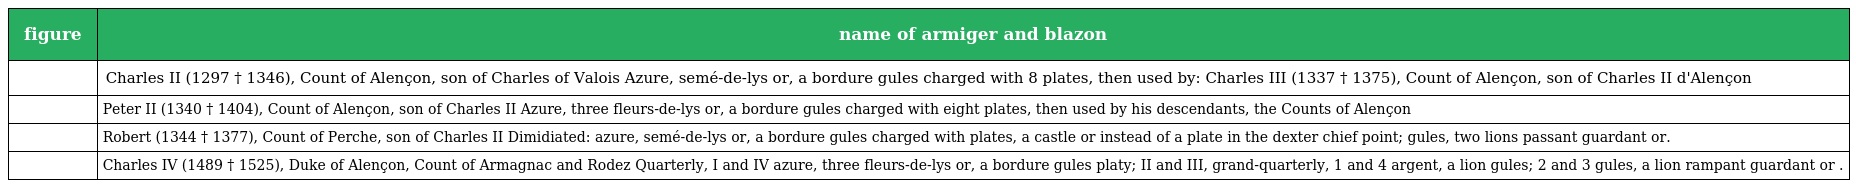
| figure | name of armiger and blazon |
 | --- | --- |
 |  | Charles II (1297 † 1346), Count of Alençon, son of Charles of Valois Azure, semé-de-lys or, a bordure gules charged with 8 plates, then used by: Charles III (1337 † 1375), Count of Alençon, son of Charles II d'Alençon |
 |  | Peter II (1340 † 1404), Count of Alençon, son of Charles II Azure, three fleurs-de-lys or, a bordure gules charged with eight plates, then used by his descendants, the Counts of Alençon |
 |  | Robert (1344 † 1377), Count of Perche, son of Charles II Dimidiated: azure, semé-de-lys or, a bordure gules charged with plates, a castle or instead of a plate in the dexter chief point; gules, two lions passant guardant or. |
 |  | Charles IV (1489 † 1525), Duke of Alençon, Count of Armagnac and Rodez Quarterly, I and IV azure, three fleurs-de-lys or, a bordure gules platy; II and III, grand-quarterly, 1 and 4 argent, a lion gules; 2 and 3 gules, a lion rampant guardant or . |